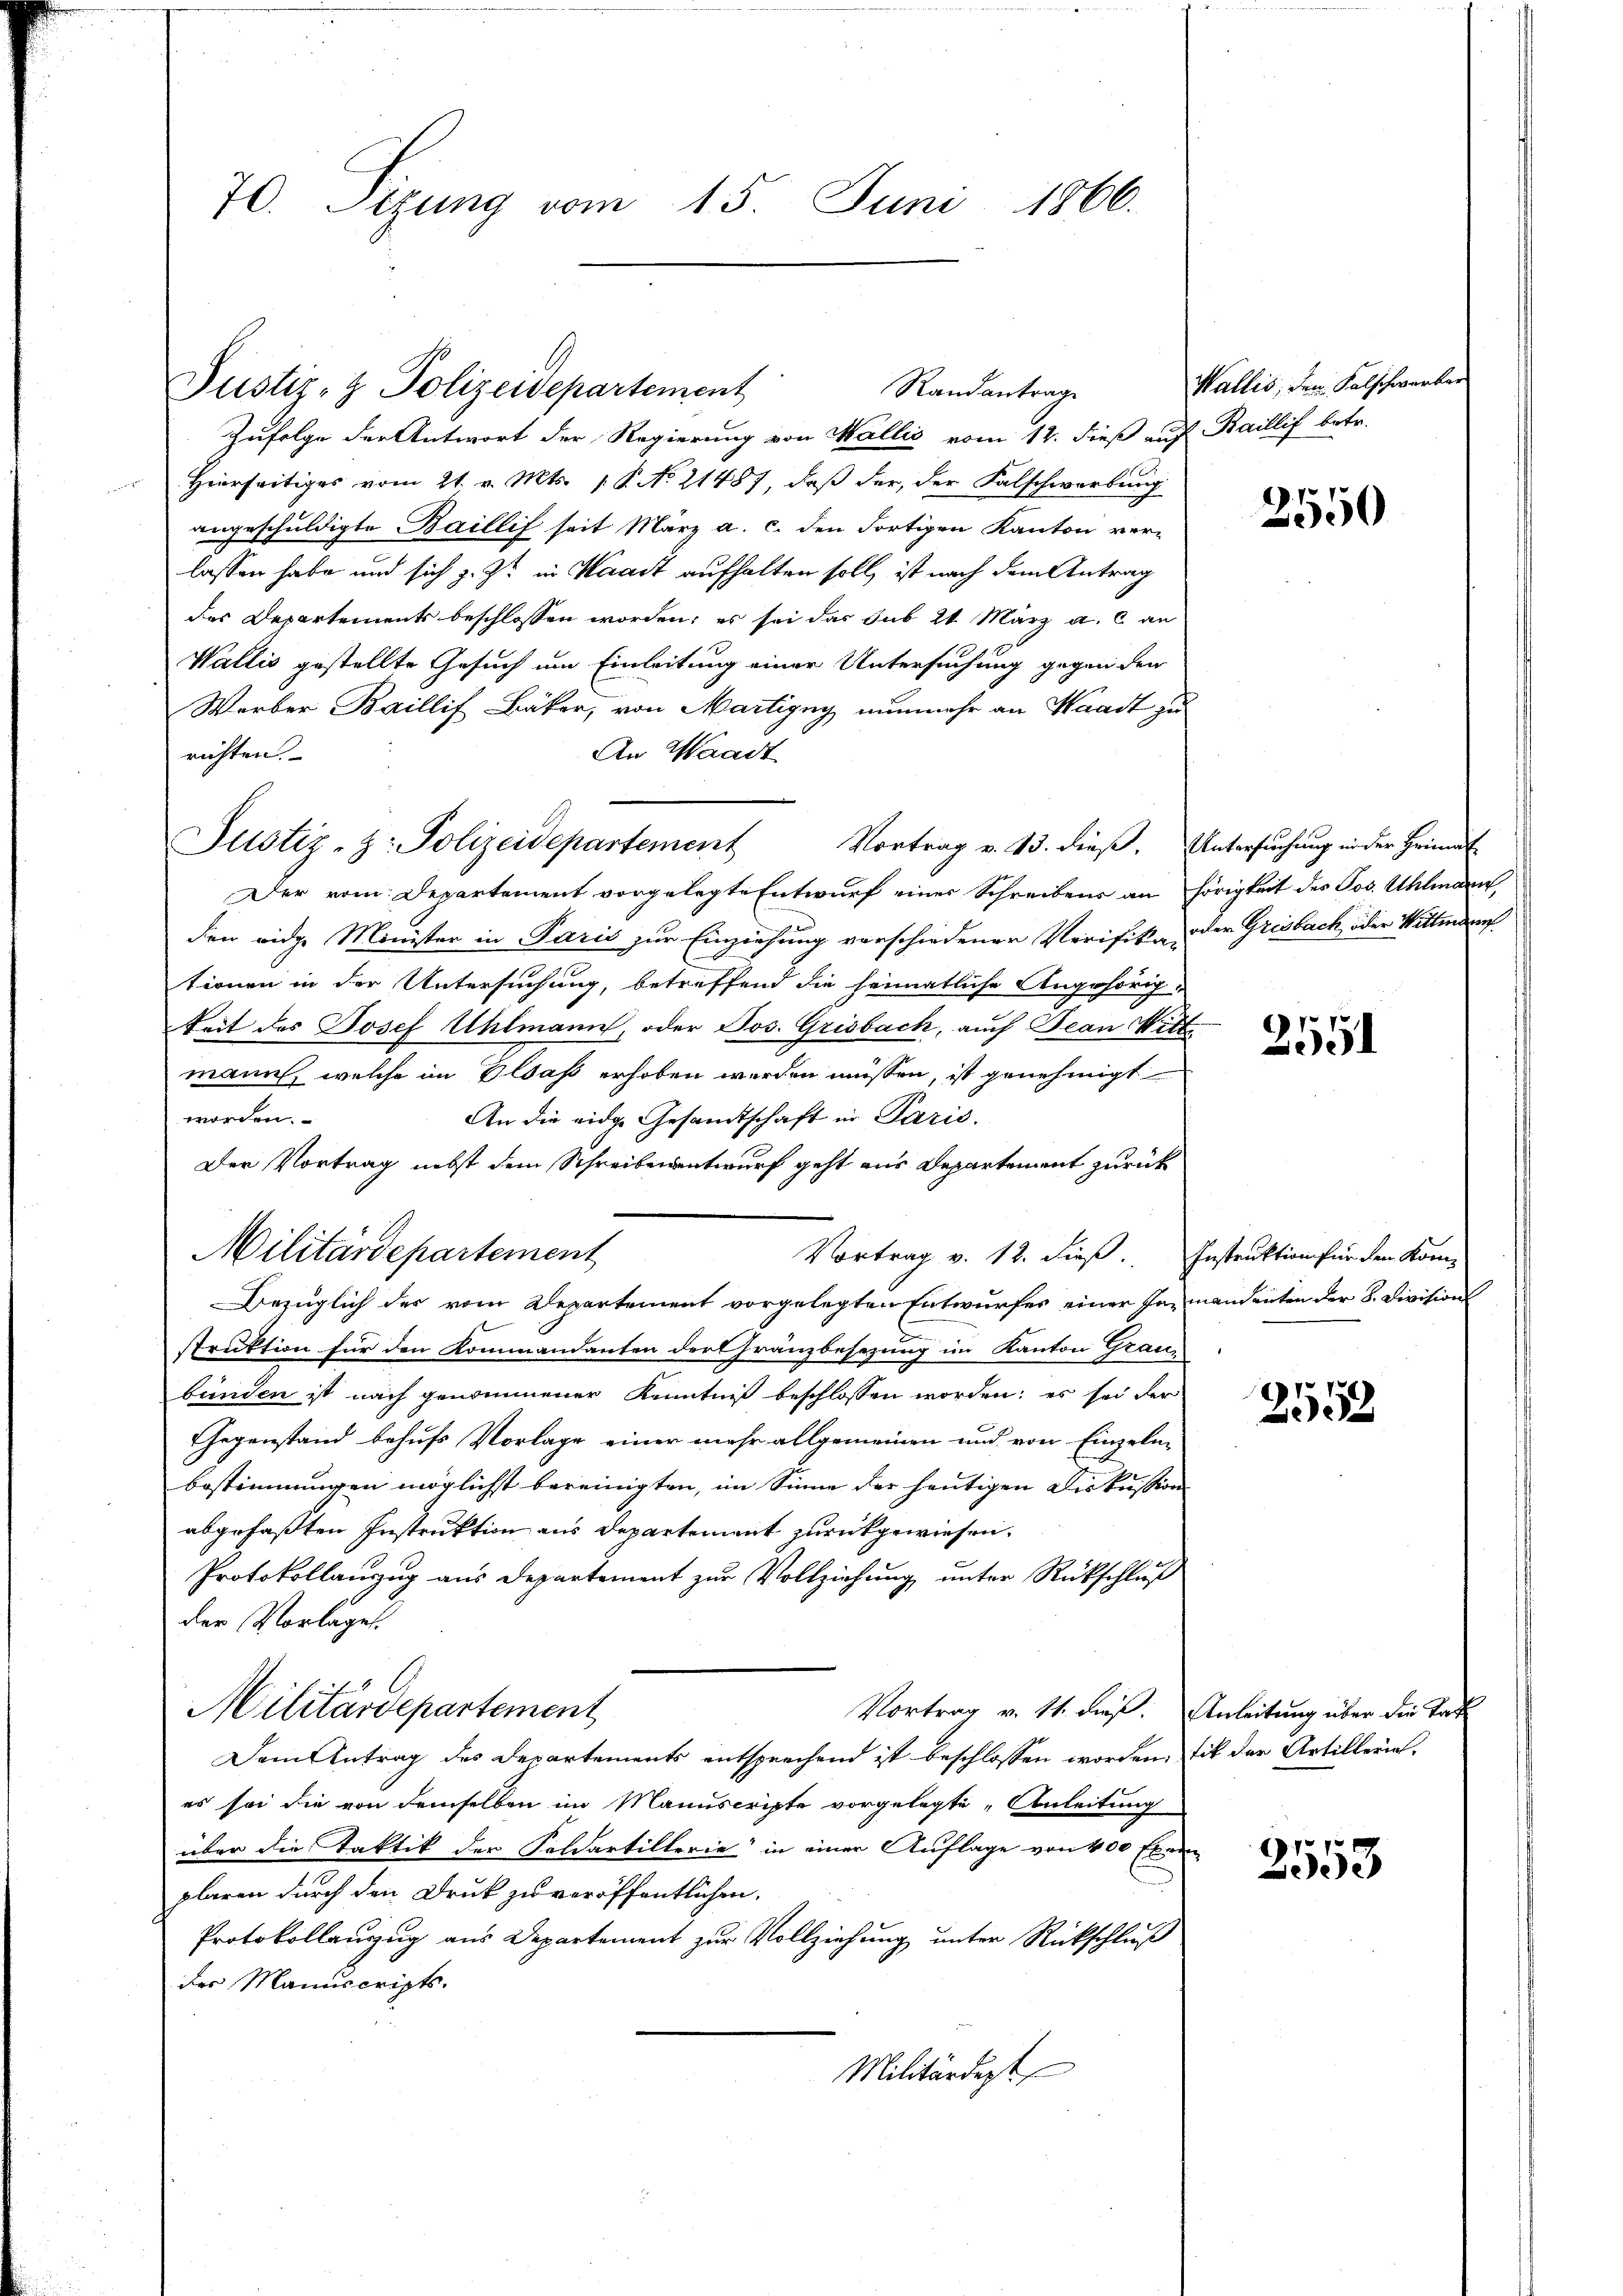
70. Sizung vom 15. Juni 1866.

Justiz- & Polizeidepart

Justiz-Z: Polizeidepartement

ement

Randantrag

Zufolge der Antwort der Regierung von Wallis vom 12. dieß auf Baillif betr.
Hierseitiges vom 21. v. Mts. 1. P. No. 21487, daβ der, der Falschwerbŭng
angeschuldigte Baillif seit März a. c. den Fortigen Kanton ver-
lassen habe und sich z. Zt. in Waadt aufhalten soll, ist nach dem Antrag
des Departements beschlossen worden; es sei das sub 24 März a. c. an
Wallis gestellte Gesuch um Einleitung einer Untersuchung gegen den
Warber Baillif Bäker, von Martigny nunmehr an Waadt zu
An Waadt
richten.
Der vom Departement vorgelegte Entwurf einer Schreibens an hörigkeit des Jos. Uhlmann,
den eidge Minister in Paris zur Einziehung verschiedener Verifika der Grisbach, oder Wittwarf
tionen in der Untersuchung, betreffend die heimatliche Angehörig
keit des Josef Uhlmann, oder Jos. Grisbach, auch Jean Wittmann, welche im Was erhoben werden müssen, ist genehmigt
worden.
An die eidg. Gesandtschaft in Paris.
Der Vortrag nebst dem Schreibenantwurf geht aus Departement zurück
Militärdepartement
Vortrag v. 12. dieß. Instruktion für den Kom-
Bezüglich des vom Departement vorgelegten Entwurfes einer Jannendenten der 8. Division
struktion für den Kommandanten der Gränzbesezung im Kanton Grau-
bünden ist nach genommener Kenntniß beschlossen worden; es sei der
Gegenstand behufs Vorlage einer mehr allgemeinen und von Einzeln-
bestimmungen möglichst bereinigten, im Sinne der heutigen Diskussion
abgefaßten Instruktion aus Departement zurückgewiesen.
Protokollanzug aus Departement zur Vollziehung unter Rückschluß
der Vorlages
Militärdepartement
Vortrag v. 11. dieß. Anleitung über die Tat
Dem Antrag des Departements entsprechend ist beschlossen worden, sit der Artilleriees sei die von demselben im Manuscripte vorgelegte „Anleitung
über die Taktik der Soldartillerie in einer Auflage von 400 Exem
plaren durch den Druk zu veröffentlichen
Protokollanzug aus Departement zur Vollziehung unter Rückschluß
der Manuscripts.
Militärdept

Wallis, dem Falschwerber

Vortrag v. 13. dieß. Untersuchung in der Heimat-

2550

2551

2552

2553